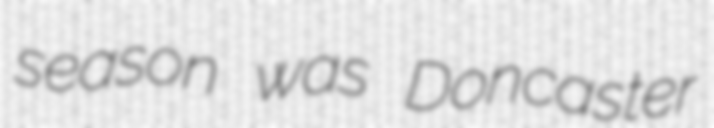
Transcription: season was Doncaster